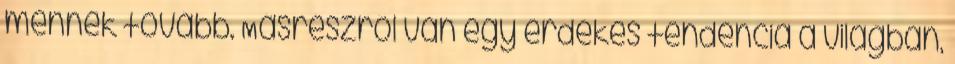
mennek tovább. Másrészről van egy érdekes tendencia a világban,